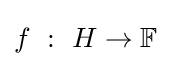
f~:~H\to \mathbb {F}